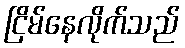
ငြိမ်နေလိုက်သည်